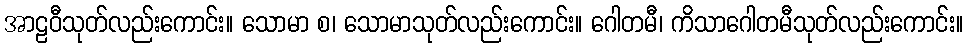
အာဠဝီသုတ်လည်းကောင်း။ သောမာ စ၊ သောမာသုတ်လည်းကောင်း။ ဂေါတမီ၊ ကိသာဂေါတမီသုတ်လည်းကောင်း။